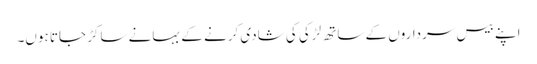
اپنے بیس سرداروں کے ساتھ لڑکی کی شادی کرنے کے بہانے ساکڑ جاتا ہوں۔